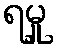
ရမှု